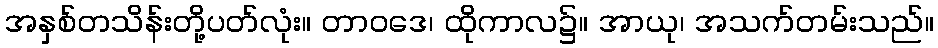
အနှစ်တသိန်းတို့ပတ်လုံး။ တာဝဒေ၊ ထိုကာလ၌။ အာယု၊ အသက်တမ်းသည်။